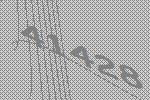
41428